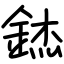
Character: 錰